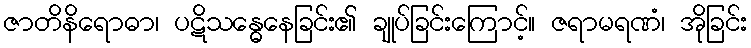
ဇာတိနိရောဓာ၊ ပဋိသန္ဓေနေခြင်း၏ ချုပ်ခြင်းကြောင့်။ ဇရာမရဏံ၊ အိုခြင်း